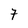
Character: 7